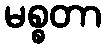
မစ္စတာ